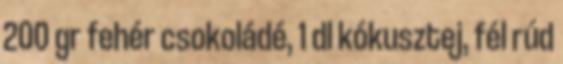
200 gr fehér csokoládé, 1 dl kókusztej, fél rúd